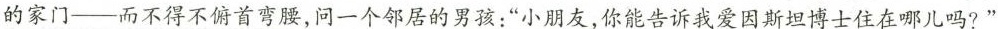
的家门—而不得不俯首弯腰，问一个邻居的男孩：”小朋友，你能告诉我爱因斯坦博士住在哪儿吗?”